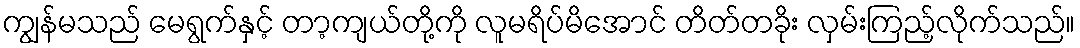
ကျွန်မသည် မေရွက်နှင့် တာ့ကျယ်တို့ကို လူမရိပ်မိအောင် တိတ်တခိုး လှမ်းကြည့်လိုက်သည်။